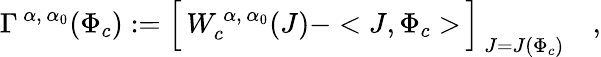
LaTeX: \Gamma^{\, \alpha,\, \alpha_{0}}(\Phi_{c}):=\Bigl[\, W_{c}^{\, \alpha,\, \alpha_{0}}(J)-<J,\Phi_{c}>\, \Bigr]_{\, J=J(\Phi_{c})}\quad,